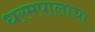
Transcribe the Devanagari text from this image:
धरमपालाचा